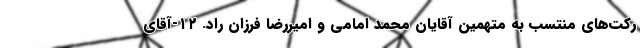
رکت‌های منتسب به متهمین آقایان محمد امامی و امیررضا فرزان راد. ۱۲-آقای